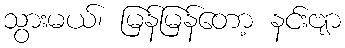
သွားမယ်၊ မြန်မြန်တော့ နင်းဗျာ